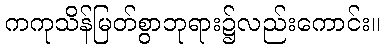
ကကုသိန်မြတ်စွာဘုရား၌လည်းကောင်း။